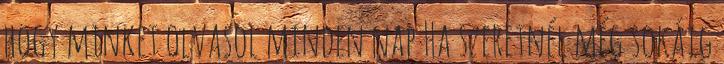
hogy minket olvasol minden nap Ha szeretnél még sokáig